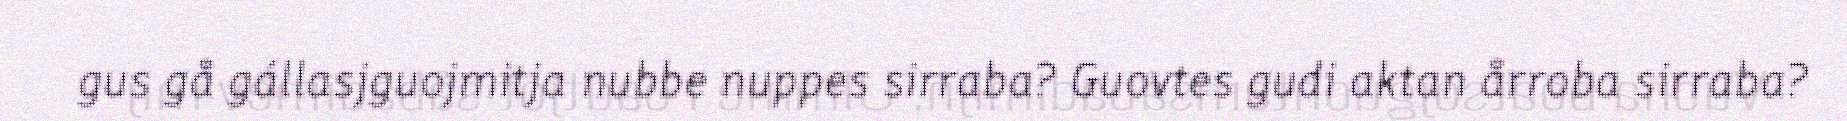
gus gå gállasjguojmitja nubbe nuppes sirraba? Guovtes gudi aktan årroba sirraba?